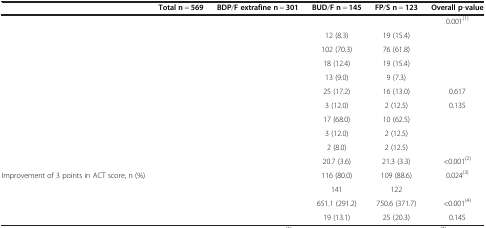
<table><thead><tr><td>[EMPTY_CELL]</td><td><b>Total n = 569</b></td><td><b>BDP/F extrafine n = 301</b></td><td><b>BUD/F n = 145</b></td><td><b>FP/S n = 123</b></td><td><b>Overall p-value</b></td></tr></thead><tbody><tr><td>[EMPTY_CELL]</td><td>[EMPTY_CELL]</td><td>[EMPTY_CELL]</td><td>[EMPTY_CELL]</td><td>[EMPTY_CELL]</td><td>0.001<sup>(1)</sup></td></tr><tr><td>[EMPTY_CELL]</td><td>[EMPTY_CELL]</td><td>[EMPTY_CELL]</td><td>12 (8.3)</td><td>19 (15.4)</td><td>[EMPTY_CELL]</td></tr><tr><td>[EMPTY_CELL]</td><td>[EMPTY_CELL]</td><td>[EMPTY_CELL]</td><td>102 (70.3)</td><td>76 (61.8)</td><td>[EMPTY_CELL]</td></tr><tr><td>[EMPTY_CELL]</td><td>[EMPTY_CELL]</td><td>[EMPTY_CELL]</td><td>18 (12.4)</td><td>19 (15.4)</td><td>[EMPTY_CELL]</td></tr><tr><td>[EMPTY_CELL]</td><td>[EMPTY_CELL]</td><td>[EMPTY_CELL]</td><td>13 (9.0)</td><td>9 (7.3)</td><td>[EMPTY_CELL]</td></tr><tr><td>[EMPTY_CELL]</td><td>[EMPTY_CELL]</td><td>[EMPTY_CELL]</td><td>25 (17.2)</td><td>16 (13.0)</td><td>0.617</td></tr><tr><td>[EMPTY_CELL]</td><td>[EMPTY_CELL]</td><td>[EMPTY_CELL]</td><td>3 (12.0)</td><td>2 (12.5)</td><td>0.135</td></tr><tr><td>[EMPTY_CELL]</td><td>[EMPTY_CELL]</td><td>[EMPTY_CELL]</td><td>17 (68.0)</td><td>10 (62.5)</td><td>[EMPTY_CELL]</td></tr><tr><td>[EMPTY_CELL]</td><td>[EMPTY_CELL]</td><td>[EMPTY_CELL]</td><td>3 (12.0)</td><td>2 (12.5)</td><td>[EMPTY_CELL]</td></tr><tr><td>[EMPTY_CELL]</td><td>[EMPTY_CELL]</td><td>[EMPTY_CELL]</td><td>2 (8.0)</td><td>2 (12.5)</td><td>[EMPTY_CELL]</td></tr><tr><td>[EMPTY_CELL]</td><td>[EMPTY_CELL]</td><td>[EMPTY_CELL]</td><td>20.7 (3.6)</td><td>21.3 (3.3)</td><td>&lt;0.001<sup>(2)</sup></td></tr><tr><td>Improvement of 3 points in ACT score, n (%)</td><td>[EMPTY_CELL]</td><td>[EMPTY_CELL]</td><td>116 (80.0)</td><td>109 (88.6)</td><td>0.024<sup>(3)</sup></td></tr><tr><td>[EMPTY_CELL]</td><td>[EMPTY_CELL]</td><td>[EMPTY_CELL]</td><td>141</td><td>122</td><td>[EMPTY_CELL]</td></tr><tr><td>[EMPTY_CELL]</td><td>[EMPTY_CELL]</td><td>[EMPTY_CELL]</td><td>651.1 (291.2)</td><td>750.6 (371.7)</td><td>&lt;0.001<sup>(4)</sup></td></tr><tr><td>[EMPTY_CELL]</td><td>[EMPTY_CELL]</td><td>[EMPTY_CELL]</td><td>19 (13.1)</td><td>25 (20.3)</td><td>0.145</td></tr></tbody></table>